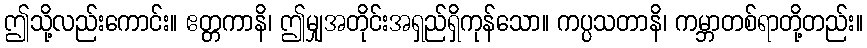
ဤသို့လည်းကောင်း။ ဧတ္တကာနိ၊ ဤမျှအတိုင်းအရှည်ရှိကုန်သော။ ကပ္ပသတာနိ၊ ကမ္ဘာတစ်ရာတို့တည်း။